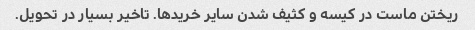
ریختن ماست در کیسه و کثیف شدن سایر خرید‌ها. تاخیر بسیار در تحویل.